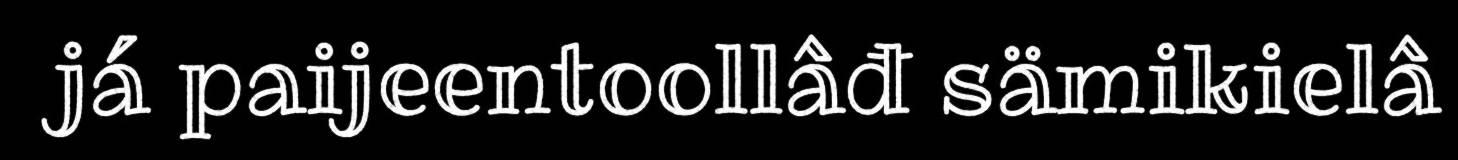
já paijeentoollâđ sämikielâ